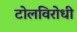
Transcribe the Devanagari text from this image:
टोलविरोधी